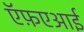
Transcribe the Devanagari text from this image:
ऍफ़एआई